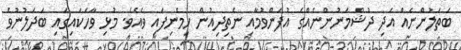
ބަތަލުންނެއް އަދި ދުޝްމަނުންނެއްގެ އުފަންވުމާއި ނެތިދިއުން ހިމެނިފައި ވެއެވެ. މުޅި ވާހަކައިގައި ބަދަލުނުވެ